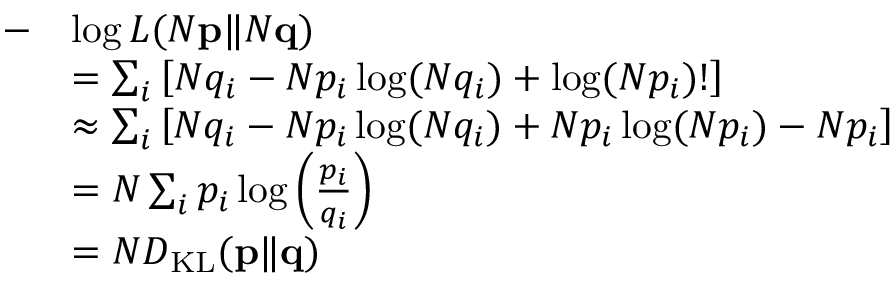
\begin{array} { r l } { - } & { \log L ( N \mathbf { p } \| N \mathbf { q } ) } \\ & { = \sum _ { i } \left[ N q _ { i } - N p _ { i } \log ( N q _ { i } ) + \log ( N p _ { i } ) ! \right] } \\ & { \approx \sum _ { i } \left[ N q _ { i } - N p _ { i } \log ( N q _ { i } ) + N p _ { i } \log ( N p _ { i } ) - N p _ { i } \right] } \\ & { = N \sum _ { i } p _ { i } \log \left( \frac { p _ { i } } { q _ { i } } \right) } \\ & { = N D _ { \mathrm { K L } } ( \mathbf { p } \| \mathbf { q } ) } \end{array}